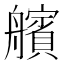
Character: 𮎕